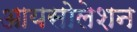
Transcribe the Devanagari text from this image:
आयसोलेशन